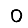
Digit: 0